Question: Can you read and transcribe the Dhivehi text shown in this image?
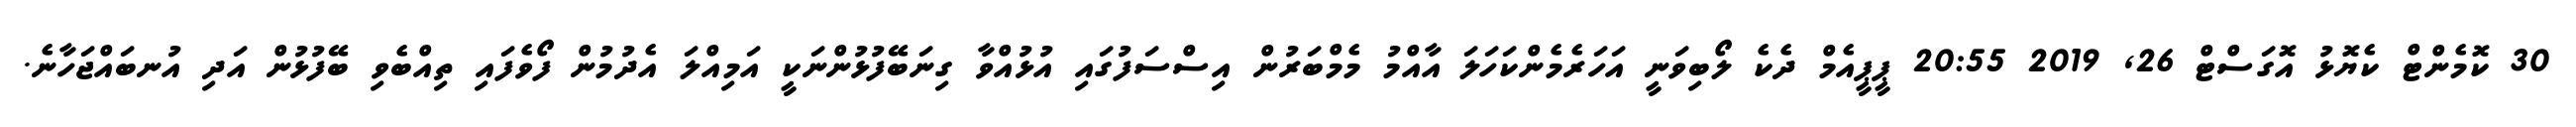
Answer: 30 ކޮމެންޓް ކެޔޮޅު އޮގަސްޓް 26, 2019 20:55 ޕީޕީއެމް ދެކެ ލޯބިވަނީ އަހަރެމެންކަހަލަ އާއްމު މެމްބަރުން އިސްސަފުގައި އުޅުއްވާ ގިނަބޭފުޅުންނަކީ އަމިއްލަ އެދުމުން ފޯވެފައި ތިއްބެވި ބޭފުޅުން އަދި އުނބައްޖަހާނެ.